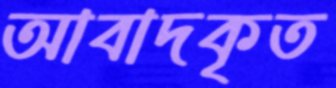
আবাদকৃত